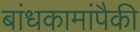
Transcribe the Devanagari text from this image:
बांधकामांपैकी